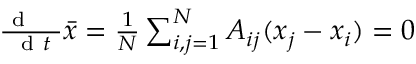
\begin{array} { r } { \frac { \mathrm { ~ d ~ \, ~ \, ~ } } { \mathrm { ~ d ~ } t } \bar { x } = \frac { 1 } { N } \sum _ { i , j = 1 } ^ { N } A _ { i j } ( x _ { j } - x _ { i } ) = 0 } \end{array}